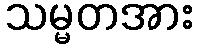
သမ္မတအား